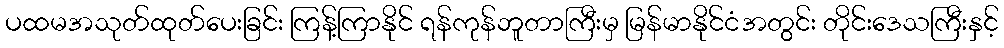
ပထမအသုတ်ထုတ်ပေးခြင်း ကြန့်ကြာနိုင် ရန်ကုန်ဘူတာကြီးမှ မြန်မာနိုင်ငံအတွင်း တိုင်းဒေသကြီးနှင့်